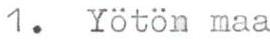
1. Yötön maa